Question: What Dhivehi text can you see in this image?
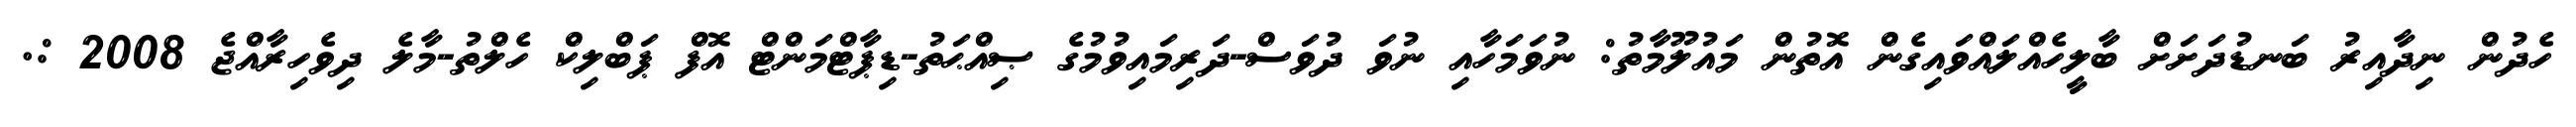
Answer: ހެދުން ނިދާއިރު ބަނޑުދަށަށް ބާލީހެއްލައްވައިގެން އޮތުން މައުލޫމާތު: ނުވަމަހާއި ނުވަ ދުވަސް-ދަރިމައިވުމުގެ ޞިއްޙަތު-ޑިޕާޓްމަންޓް އޮފް ޕަބްލިކް ހެލްތު-މާލެ ދިވެހިރާއްޖެ 2008 :.